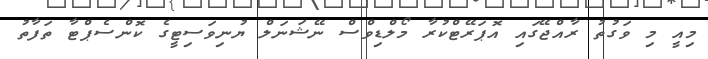
މިއީ މި ވަގުތު ރާއްޖޭގައި އޮޕަރޭޓްކުރާ މޯލްޑިވްސް ނޭޝަނަލް ޔުނިވަސިޓީގެ ކޮންސެޕްޓާ ތަފާތު